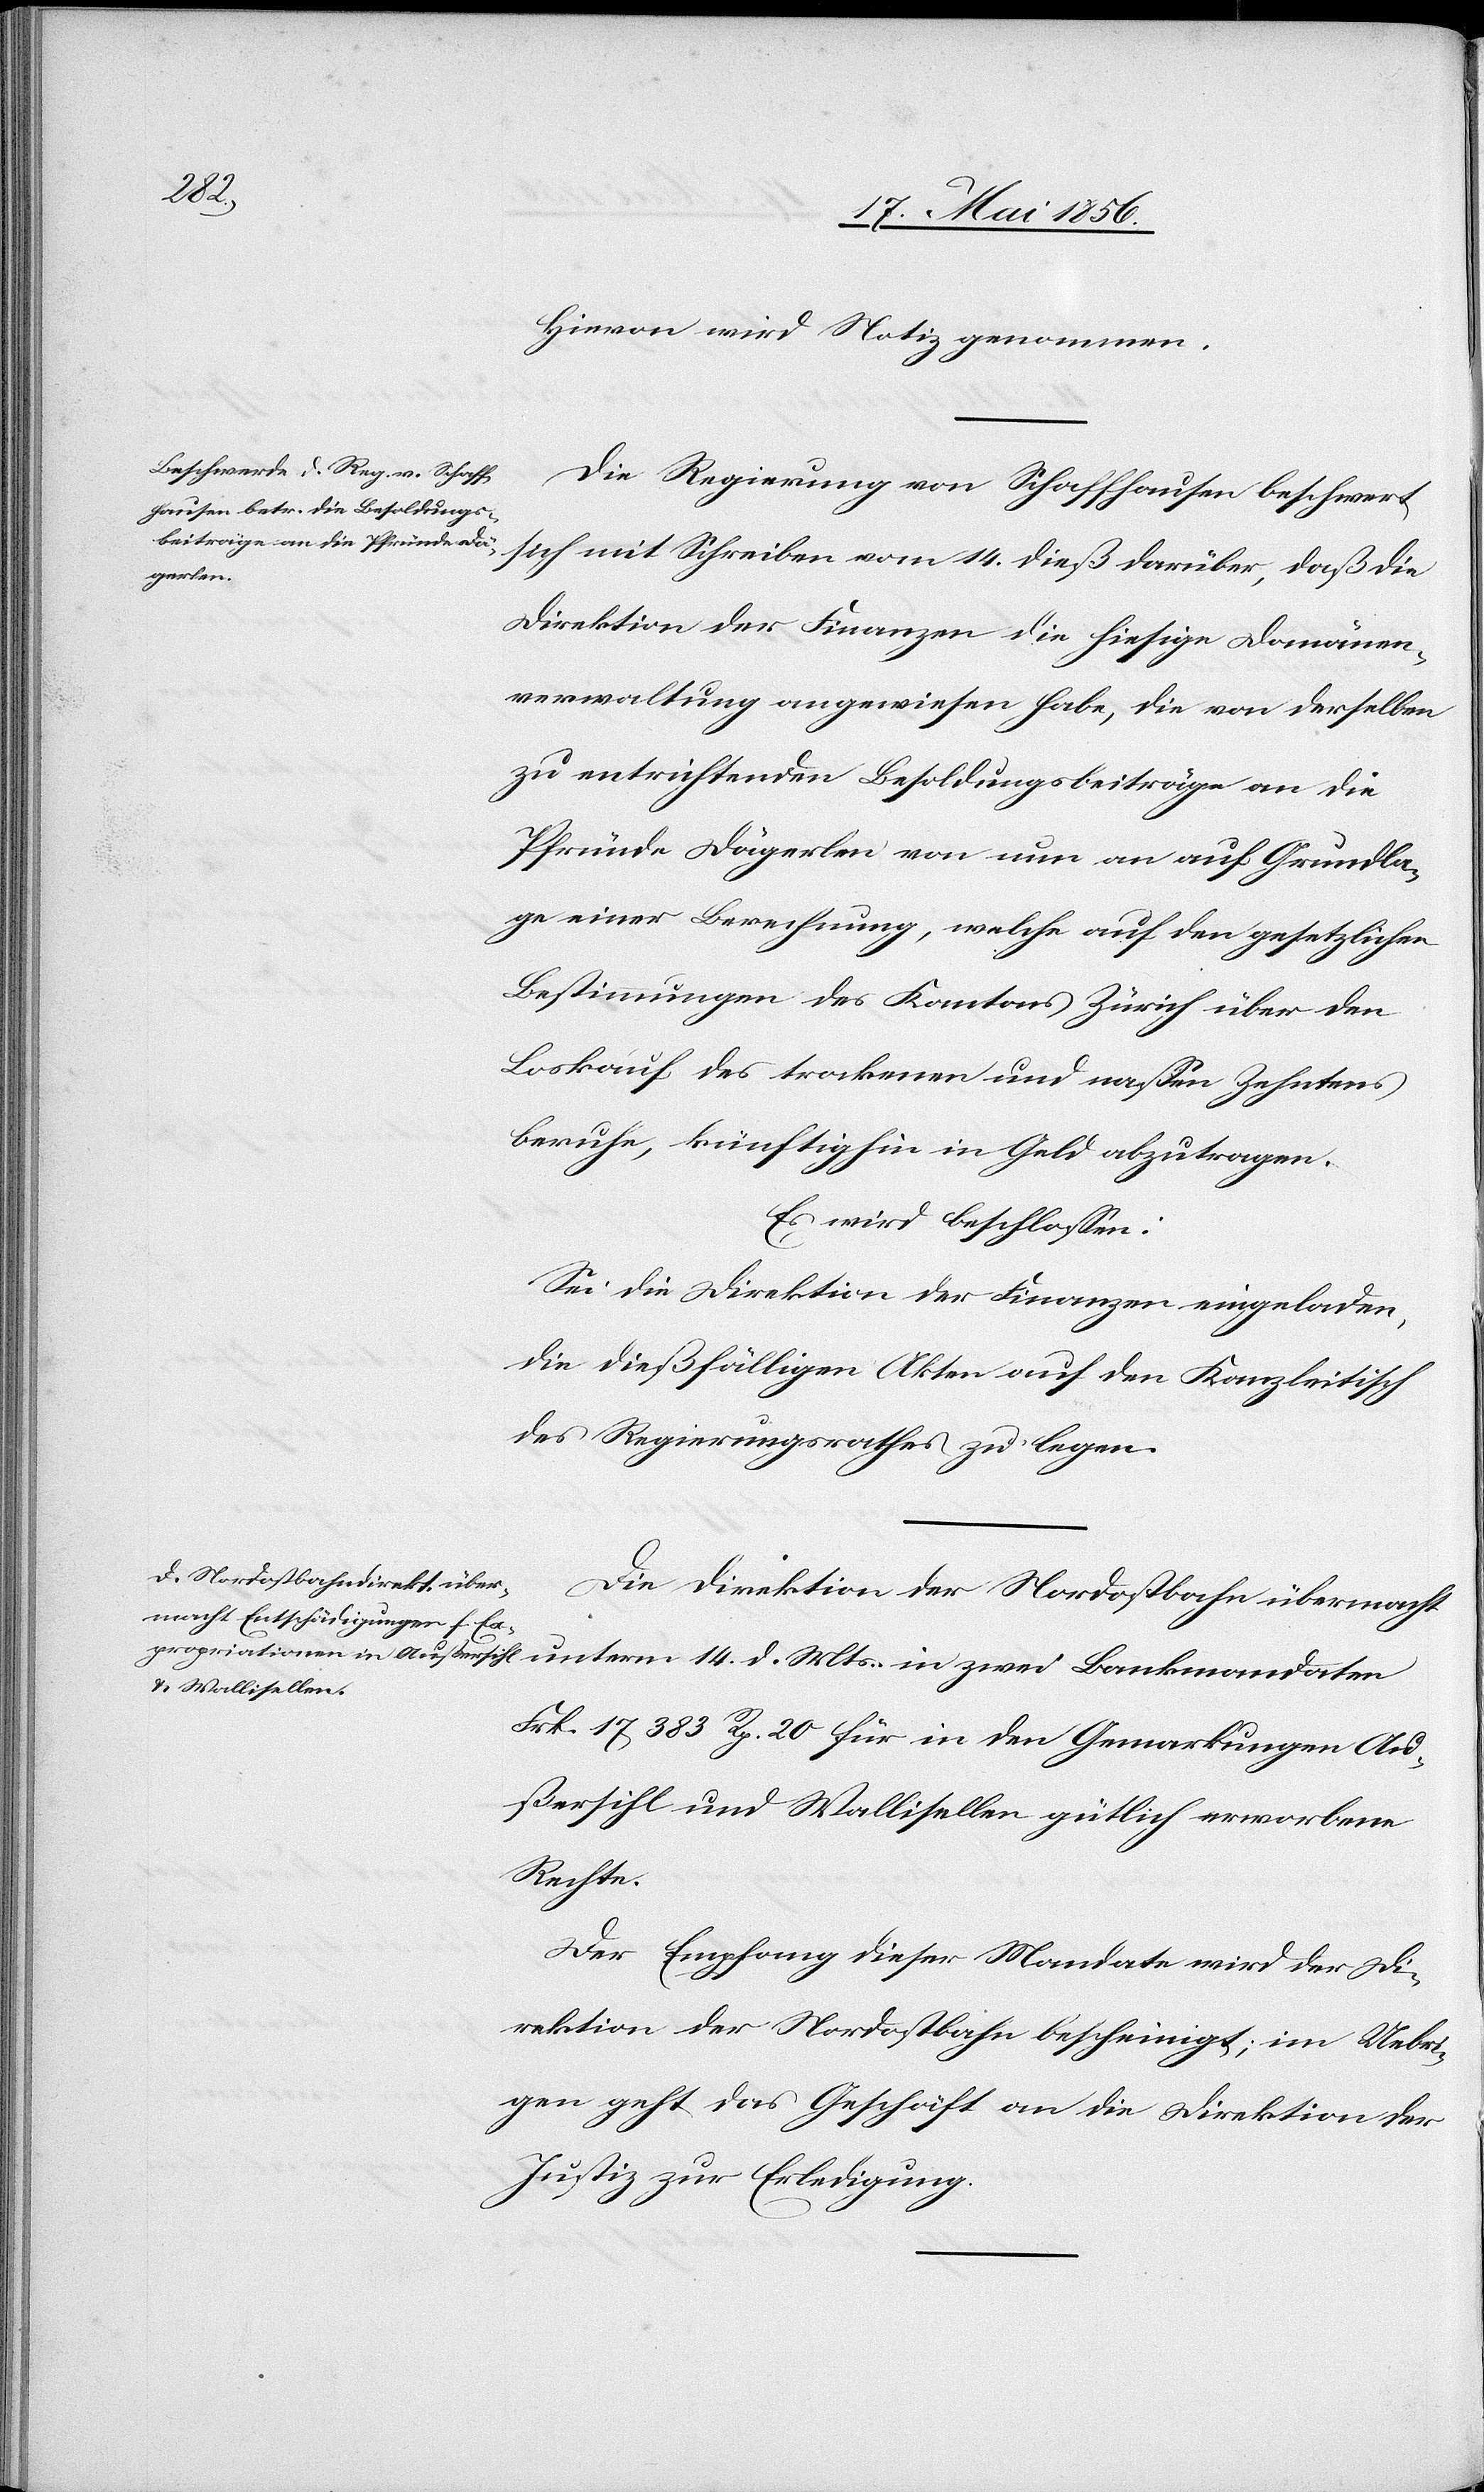
Mts.
Hievon wird Notiz genommen.
Die Regierung von Schaffhausen beschwert
sich mit Schreiben vom 14. dieß darüber, daß die
Direktion der Finanzen die hiesige Domänen¬
verwaltung angewiesen habe, die von derselben
zu entrichtenden Besoldungsbeiträge an die
Pfründe Dägerlen von nun an auf Grundla¬
ge einer Berechnung, welche auf den gesetzlichen
Bestimmungen des Kantons Zürich über den
Loskauf des trockenen und nassen Zehntens
berufe, künftighin in Geld abzutragen.
Es wird beschlossen:
Sei die Direktion der Finanzen eingeladen,
die dießfälligen Akten auf den Kanzleitisch
des Regierungsrathes zu legen.
Die Direktion der Nordostbahn übermacht
Frk. 17,383 Rp. 20 für in den Gemarkungen Au¬
ßersihl und Wallisellen gütlich erworbene
Rechte.
Der Empfang dieser Mandate wird der Di¬
rektion der Nordostbahn bescheinigt; im Uebri¬
gen geht das Geschäft an die Direktion der
Justiz zur Erledigung.